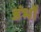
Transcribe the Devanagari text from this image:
डंभों